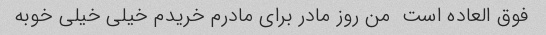
فوق العاده است  من روز مادر برای مادرم خریدم خیلی خیلی خوبه